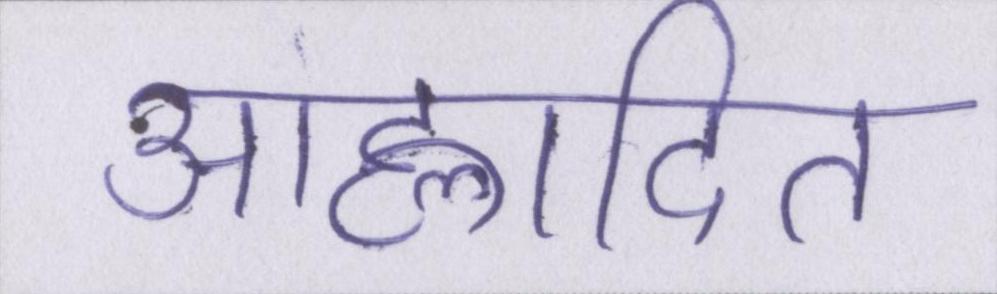
आह्लादित